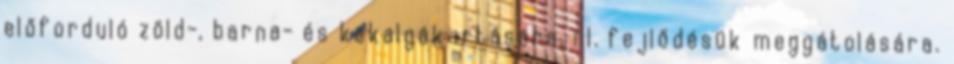
előforduló zöld-, barna- és kékalgák irtására, ill. fejlődésük meggátolására.